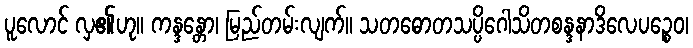
ပူလောင် လှ၏ဟု။ ကန္ဒန္တော၊ မြည်တမ်းလျက်။ သတဓောတသပ္ပိဂေါသိတစန္ဒနာဒိလေပဉ္စေဝ၊